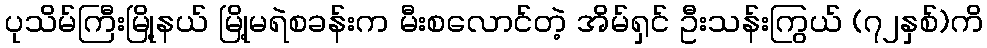
ပုသိမ်ကြီးမြို့နယ် မြို့မရဲစခန်းက မီးစလောင်တဲ့ အိမ်ရှင် ဦးသန်းကြွယ် (၇၂နှစ်)ကိ